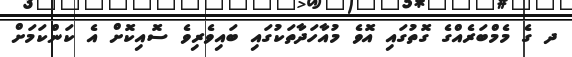
ދ ގެ މެމްބަރެއްގެ ގޮތުގައި އޮވެ މުއާހަދާތަކުގައި ބައިވެރިވެ ސޮއިކޮށް އެ ކަންކަމަށް